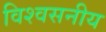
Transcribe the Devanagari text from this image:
विश्‍वसनीय